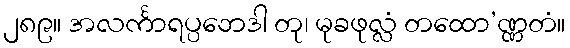
၂၈၉။ အလင်္ကာရပ္ပဘေဒါ တု၊ မုခဖုလ္လံ တထော’ဏ္ဏတံ။